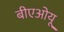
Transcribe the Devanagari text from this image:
बीएओयू